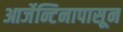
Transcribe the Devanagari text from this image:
आर्जेन्टिनापासून